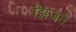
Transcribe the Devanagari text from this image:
झिजते